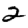
Digit: 2